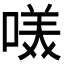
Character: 𭉋